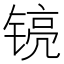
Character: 𮸘